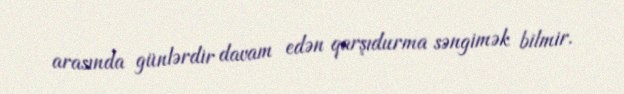
arasında günlərdir davam edən qarşıdurma səngimək bilmir.